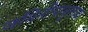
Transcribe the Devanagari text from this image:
जमिनीपासूनच्या